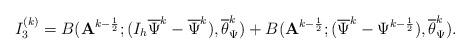
LaTeX: \begin{align*} \begin{array}{@{}l@{}} {\displaystyle I_3^{(k)}= B(\mathbf{A}^{k-\frac{1}{2}};(I_{h}\overline{\Psi}^{k}-\overline{\Psi}^{k}),\overline{\theta}_{\Psi}^{k}) +B(\mathbf{A}^{k-\frac{1}{2}};(\overline{\Psi}^{k}-\Psi^{k-\frac{1}{2}}),\overline{\theta}_{\Psi}^{k}).} \end{array} \end{align*}